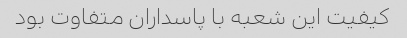
کیفیت این شعبه با پاسداران متفاوت بود